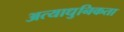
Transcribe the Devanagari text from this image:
अत्याधुनिकता